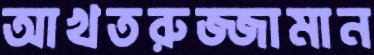
আখতরুজ্জামান